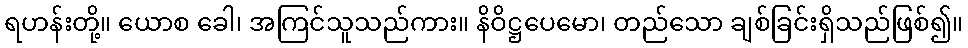
ရဟန်းတို့။ ယောစ ခေါ၊ အကြင်သူသည်ကား။ နိဝိဋ္ဌပေမော၊ တည်သော ချစ်ခြင်းရှိသည်ဖြစ်၍။